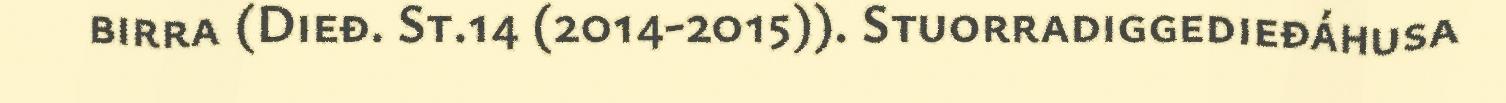
birra (Dieđ. St.14 (2014-2015)). Stuorradiggedieđáhusa